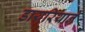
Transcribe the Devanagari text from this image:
डायरियाने